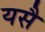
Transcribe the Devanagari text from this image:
यसै